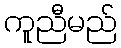
ကူညီမည်